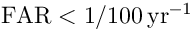
\mathrm { { F A R } < 1 / 1 0 0 \, \mathrm { { y r } ^ { - 1 } } }